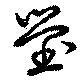
塋